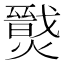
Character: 𤐦